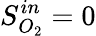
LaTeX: S_{O_{2}}^{in}=0